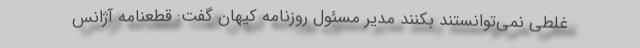
غلطی نمی‌توانستند بکنند مدیر مسئول روزنامه کیهان گفت: قطعنامه آژانس